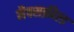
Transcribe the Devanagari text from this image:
मैक्सफ़ील्ड